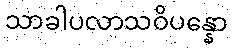
သာခါပလာသဝိပန္နော